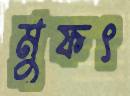
মুফৎ